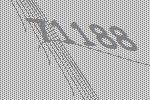
71188